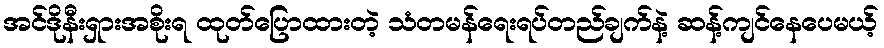
အင်ဒိုနီးရှားအစိုးရ ထုတ်ပြောထားတဲ့ သံတမန်ရေးရပ်တည်ချက်နဲ့ ဆန့်ကျင်နေပေမယ့်